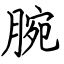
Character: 腕